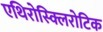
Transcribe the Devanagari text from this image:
एथिरोस्क्लिरोटिक